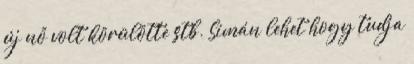
új nő volt körülötte stb. Simán lehet hogy tudja